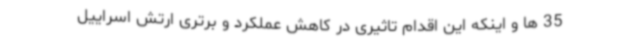
35 ها و اینکه این اقدام تاثیری در کاهش عملکرد و برتری ارتش اسراییل